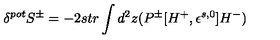
\delta ^ { p o t } S ^ { \pm } = - 2 s t r \int d ^ { 2 } z ( P ^ { \pm } [ H ^ { + } , \epsilon ^ { s , 0 } ] H ^ { - } )